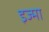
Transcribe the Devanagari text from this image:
इज्मा